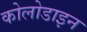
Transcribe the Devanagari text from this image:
कोलोडाइन